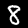
Label: 8